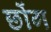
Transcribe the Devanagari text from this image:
छोंग